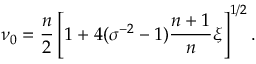
\nu _ { 0 } = \frac { n } { 2 } \left[ 1 + 4 ( \sigma ^ { - 2 } - 1 ) \frac { n + 1 } { n } \xi \right] ^ { 1 / 2 } .